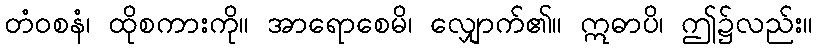
တံဝစနံ၊ ထိုစကားကို။ အာရောစေမိ၊ လျှောက်၏။ ဣဓာပိ၊ ဤ၌လည်း။